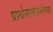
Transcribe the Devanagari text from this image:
प्रार्थनखननंतथा